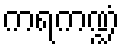
ကရကဏ္ဍံ